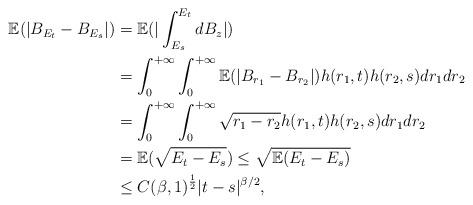
LaTeX: \begin{align*}\mathbb{E}(|B_{E_t} - B_{E_s}|) &= \mathbb{E}(|\int_{E_s}^{E_t}dB_z|)\\&=\int_0^{+\infty}\int_0^{+\infty} \mathbb{E}(|B_{r_1} - B_{r_2}|)h(r_1, t)h(r_2, s)dr_1 dr_2\\&=\int_0^{+\infty}\int_0^{+\infty} \sqrt{r_1 - r_2} h(r_1, t)h(r_2, s)dr_1 dr_2\\&=\mathbb{E}(\sqrt{E_t - E_s})\leq \sqrt{\mathbb{E}(E_t - E_s)}\\&\leq C(\beta, 1)^{\frac{1}{2}}|t - s|^{\beta/2},\end{align*}